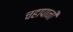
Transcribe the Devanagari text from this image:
चहापानी